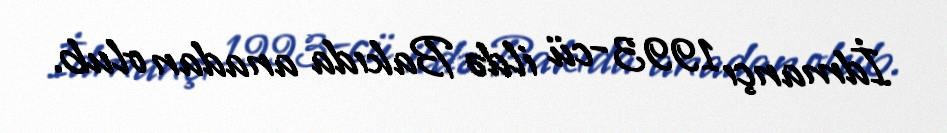
İdmançı 1993-cü ildə Bakıda anadan olub.